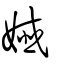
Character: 孅